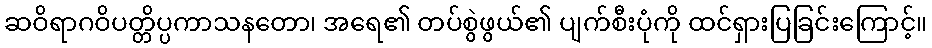
ဆဝိရာဂဝိပတ္တိပ္ပကာသနတော၊ အရေ၏ တပ်စွဲဖွယ်၏ ပျက်စီးပုံကို ထင်ရှားပြခြင်းကြောင့်။